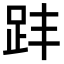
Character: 𧿣